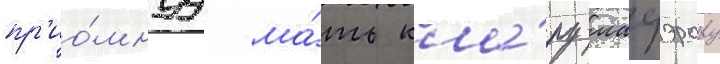
пр'ио́мнуу ма́ть кла́ру мауэрову